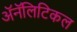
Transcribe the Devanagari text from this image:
ॲनॅलिटिकल